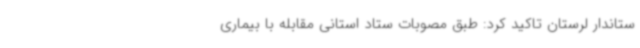
ستاندار لرستان تاکید کرد: طبق مصوبات ستاد استانی مقابله با بیماری